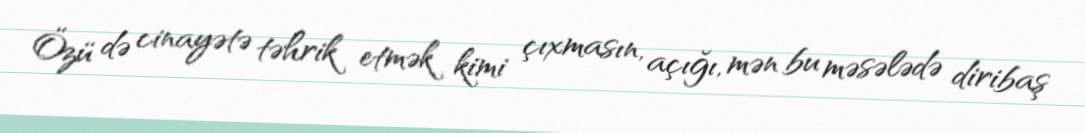
Özü də cinayətə təhrik etmək kimi çıxmasın, açığı, mən bu məsələdə diribaş